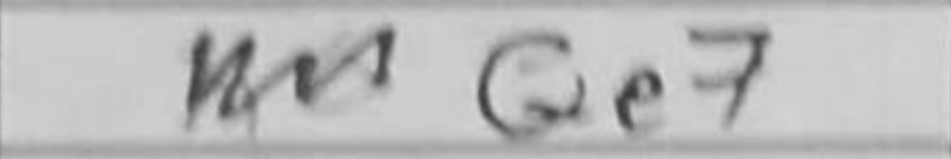
Transcription: Qe7